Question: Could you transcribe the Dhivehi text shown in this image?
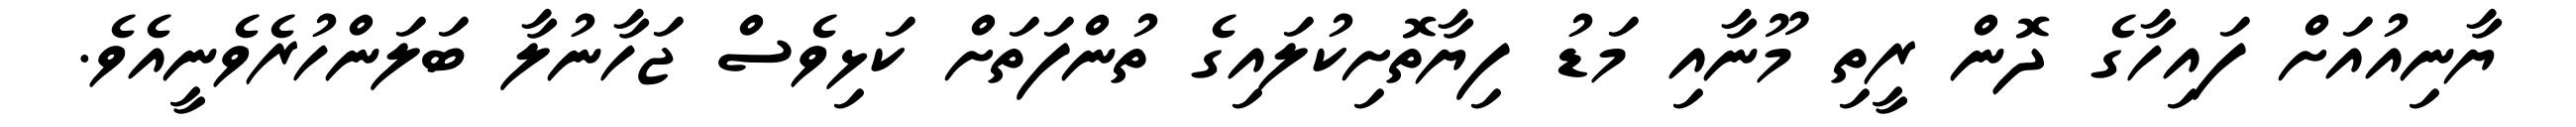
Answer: ޔާނިއުއަށް ފައިހާގެ ދޮން ރީތި މޫނާއި މަޑު ފިޔާތޮށިކުލައިގެ ތުންފަތަށް ކަޅިވެސް ޖަހާނުލާ ބަލަންހުރެވެނީއެވެ.